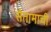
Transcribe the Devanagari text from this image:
सैतामाची